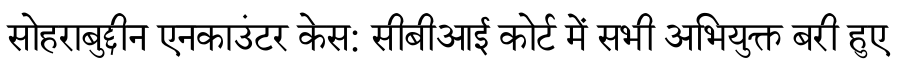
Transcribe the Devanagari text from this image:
सोहराबुद्दीन एनकाउंटर केस: सीबीआई कोर्ट में सभी अभियुक्त बरी हुए